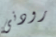
رودنى